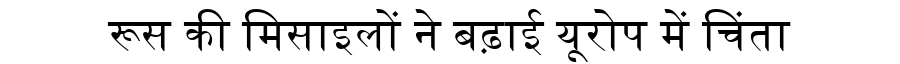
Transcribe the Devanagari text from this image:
रूस की मिसाइलों ने बढ़ाई यूरोप में चिंता